Vaccination in Burma 1920-1933 - 1920-1933
Year: 1920
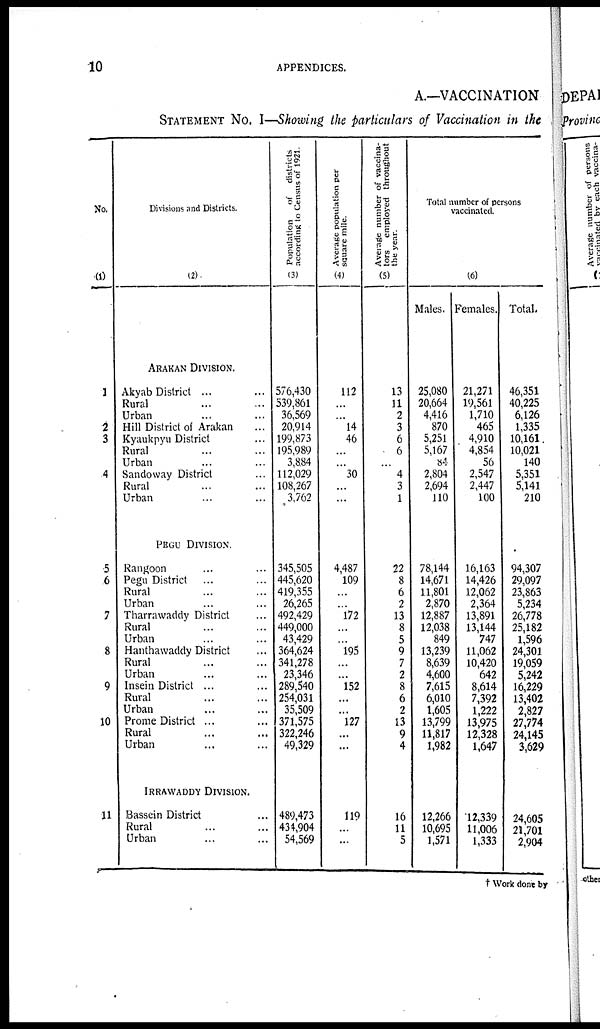
10
APPENDICES.
A.—VACCINATION
STATEMENT No. I—Showing the particulars of Vaccination in the
No.
(1)
1
2
3
4
5
6
7
8
9
10
11
Divisions and Districts.
(2)
ARAKAN DIVISION.
Akyab District ... ...
Rural ... ...
Urban ... ...
Hill District of Arakan ...
Kyaukpyu District ...
Rural ... ...
Urban ... ...
Sandoway District ...
Rural ... ...
Urban ... ...
PEGU DIVISION.
Rangoon ... ...
Pegu District ... ...
Rural ... ...
Urban ... ...
Tharrawaddy District ...
Rural ... ...
Urban ... ...
Hanthawaddy District ...
Rural ... ...
Urban ... ...
Insein District ... ...
Rural ... ...
Urban ... ...
Prome District ... ...
Rural ... ...
Urban ... ...
IRRAWADDY DIVISION.
Bassein District ...
Rural ... ...
Urban ... ...
Population
of districts
according to Census of 1921.
(3)
576,430
539,861
36,569
20,914
199,873
195,989
3,884
112,029
108,267
3,762
345,505
445,620
419,355
26,265
492,429
449,000
43,429
364,624
341,278
23,346
289,540
254,031
35,509
371,575
322,246
49,329
489,473
434,904
54,569
Average population per
square mile.
(4)
112
...
...
14
46
...
...
30
...
...
4,487
109
...
...
172
...
...
195
...
...
152
...
...
127
...
...
119
...
...
Average number of vaccina-
tors employed throughout
the year.
(5)
13
11
2
3
6
6
...
4
3
1
22
8
6
2
13
8
5
9
7
2
8
6
2
13
9
4
16
11
5
Total number of persons
vaccinated.
(6)
Males.
25,080
20,664
4,416
870
5,251
5,167
84
2,804
2,694
110
78,144
14,671
11,801
2,870
12,887
12,038
849
13,239
8,639
4,600
7,615
6,010
1,605
13,799
11,817
1,982
12,266
10,695
1,571
Females.
21,271
19,561
1,710
465
4,910
4,854
56
2,547
2,447
100
16,163
14,426
12,062
2,364
13,891
13,144
747
11,062
10,420
642
8,614
7,392
1,222
13,975
12,328
1,647
12,339
11,006
1,333
Total.
46,351
40,225
6,126
1,335
10,161
10,021
140
5,351
5,141
210
94,307
29,097
23,863
5,234
26,778
25,182
1,596
24,301
19,059
5,242
16,229
13,402
2,827
27,774
24,145
3,629
24,605
21,701
2,904
† Work done by